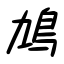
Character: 鳩